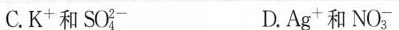
C.K^{+}和 SO_{4}^{2-} D.Ag^{+}和 NO_{3}^{-}